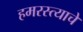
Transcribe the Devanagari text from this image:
हमरस्त्याचे